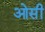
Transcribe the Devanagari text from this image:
ओसी